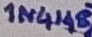
Text: 1N4148